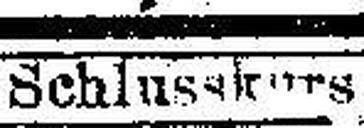
Schlusskurs